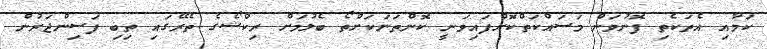
ކަމާއި އެތަކެތި ފޮނުވަން މަސައްކަތްކޮށްފައިވަނީ ކޮންތަނަކަށްތޯ ބެލުމަށް ރިކްޝޯގެ ތެރޭގައި ތިބި ފަސިންޖަރުން